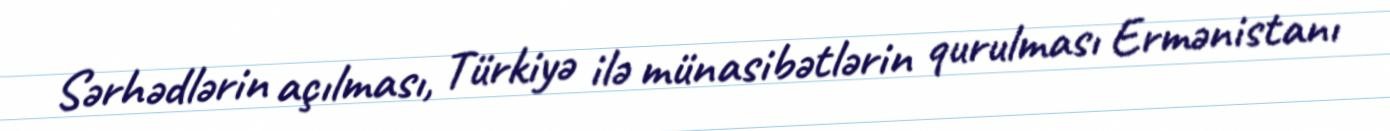
Sərhədlərin açılması, Türkiyə ilə münasibətlərin qurulması Ermənistanı